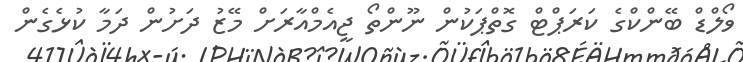
ވޯލްޑް ބޭންކްގެ ކަރަޕްޓް ގޮތްޕަކުން ނޫންތޯ ޖީއެމްއާރަށް މޭޒު ދަށުން ދަމާ ކުޅެގެން